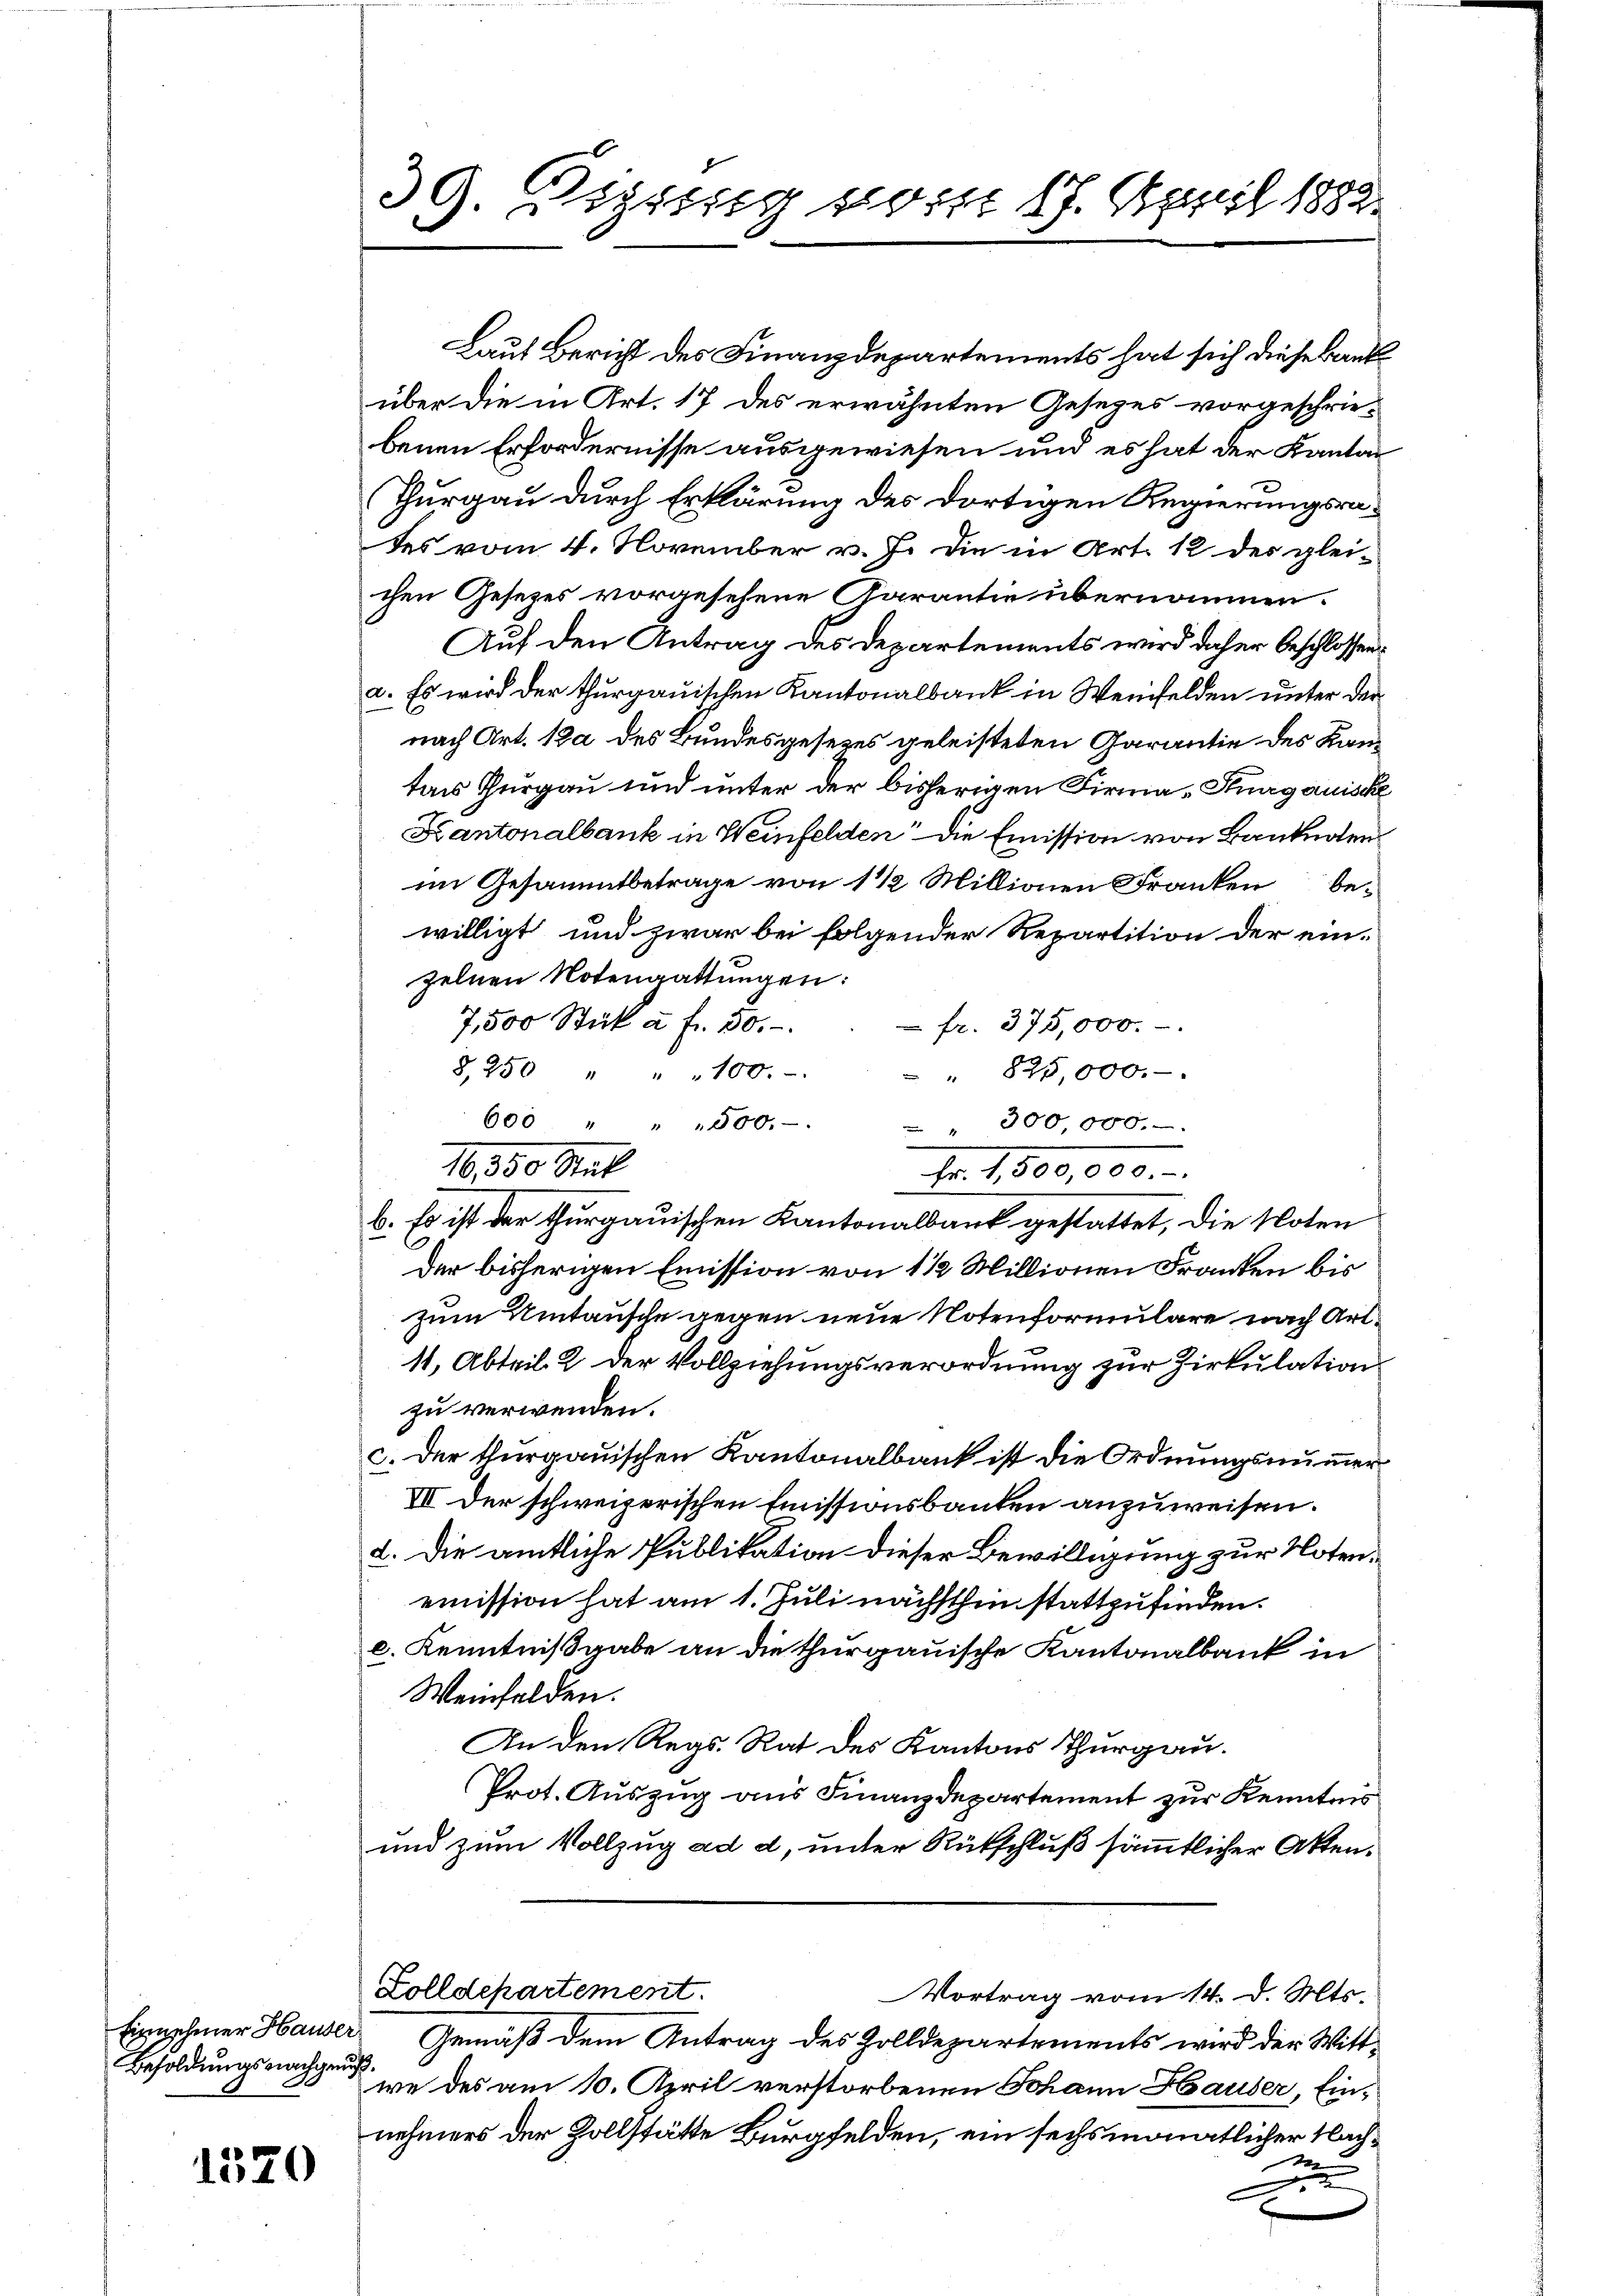
Einnehmer Hauser
Besoldungsnachgeuß.

1520

39. Leipzig sort 17. April 1882.

Laut Bericht des Finanzdepartements hat sich diese Bank
über die in Art. 17 des erwähnten Gesetzes vorgeschrie-
benen Erfordernisse ausgewiesen und es hat der Kanton
Thurgau durch Erklärung des dortigen Regierungsrates vom 4. November v. J. die in Art. 12 des glei-
chen Gesezes vorgesehene Garantie übernommen.
Auf den Antrag des Departements wird daher beschlossen
a. Es wird der thurgauischen Kantonalbank in Weinfelden unter der
nach Art. 12 des Bundesgesezes geleisteten Garantie des Kantars Thurgau und unter der bisherigen Firma - Thurgauische
Kantonalbank in Weinfelden Die Emission von Banknoten
im Gesammtbetrage von 1 1 1/2 Millionen Franken bewilligt und zwar bei folgender Repartition der einzelnen Notengattungen:
7,500 Stück a. f. 50.
fr. 375,000.
2250 " " " 100.
 " 825,000.
600 " " " 500.
 300 000.
Fr. 1,800,000.
b. Es ist der thurgauischen Kantonalbank gestattet, die Noten
Der bisherigen Emission von 1 1/2 Millionen Franken bis
zum Umtausche gegen neue Notenformulare nach Art.
11, Abteil. 2 der Vollziehungsverordnung zur Zirkulation
zu verwenden.
c. der thurgauischen Kantonalbank ist die Ordnungsnummer
VII. Der schweizerischen Emissionsbanken anzuweisen.
2. Die amtliche Publikation dieser Bewilligung zur Notenemission hat am 1. Juli nächsthin stattzufinden.
c. Kenntnißgabe an die thurgauische Kantonalbank in
Weinfelden.
An den Regs. Rat des Kantons Thurgau.
Prot. Auszug aus Finanzdepartement zur Kenntnis
und zum Vollzug ad d, unter Rütschluß sämmtlicher Akten.
Zolldepartement.
Vortrag vom 14. d. Mts.
Gemäß dem Antrag des Zolldepartements wird der Witt¬

16, 330. Stat

we des am 10. April verstorbenen Johann Hauser Einnehmers der Zollstätte Burgfelden, ein sechsmonatlicher Nach¬

n